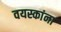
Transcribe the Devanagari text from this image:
वयस्कांना